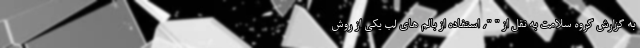
به گزارش گروه سلامت به نقل از " "، استفاده از بالم های لب یکی از روش